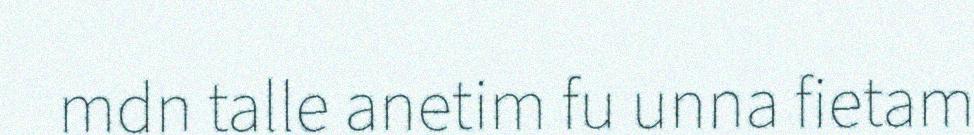
mdn talle anetim fu unna fietam